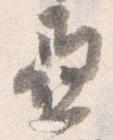
亜